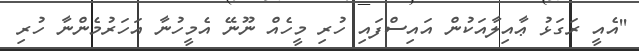
''އެއީ ރަގަޅު ޢާއިލާއަކުން އައިސްފައި ހުރި މީހެއް ނޫނޭ އެމީހުނާ އަހަރުމެންނާ ހުރި